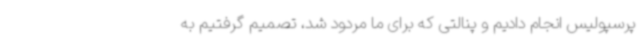
پرسپولیس انجام دادیم و پنالتی که برای ما مردود شد، تصمیم گرفتیم به